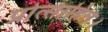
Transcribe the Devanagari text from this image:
प्रोत्साहित।